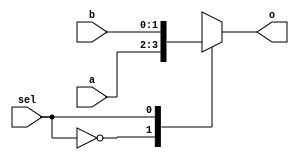
//--------------------------------------------------------------------------------
// Entity   mux_21 
// Version: 1.0
// Description: 2 bit 2:1 Multiplexer
//--------------------------------------------------------------------------------

module mux_21 
   (
    input wire [1:0] a,
    input wire [1:0] b,
    input wire   sel,
    output reg [1:0] o
    );

  always @ (a or b or sel)
  begin
    case (sel)
      1'b0: 
          o = a;
      1'b1: 
          o = b;
    endcase
  end

endmodule